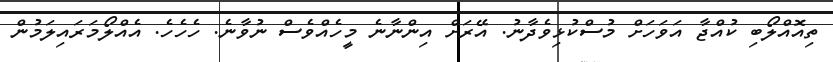
ތިއޮއްލޯބި ކުއްޖާ އަވަހަށް މުސްކުޅިވެދާނު. އޭރަށް އިންނާނެ މީހެއްވެސް ނުވާނެ. ހެހެހެ. އެއްލޯމަރައިލަމުން